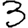
Digit: 3